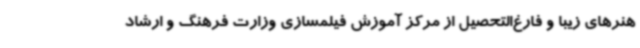
هنرهای زیبا و فارغ‌التحصیل از مرکز آموزش فیلمسازی وزارت فرهنگ و ارشاد